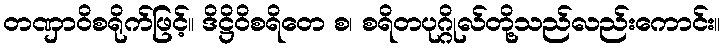
တဏှာဝိစရိုက်ဖြင့်။ ဒိဋ္ဌိဝိစရိတေ စ၊ စရိတပုဂ္ဂိုလ်တို့သည်လည်းကောင်း။